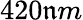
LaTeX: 420\mathfrak{n}m